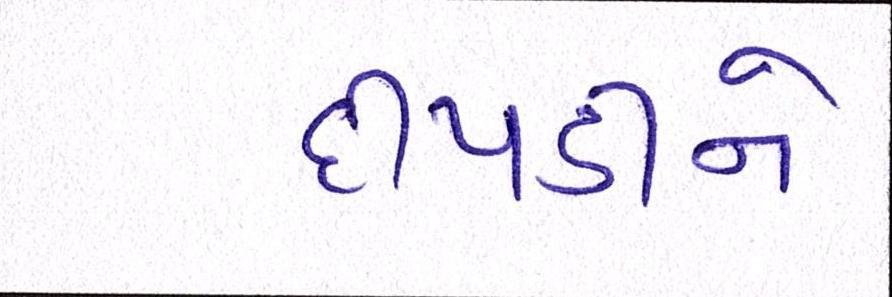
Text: દીપડીને